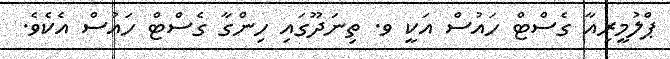
ޕްލުމީރިއާ ގެސްޓް ހައުސް އަކީ ވ. ތިނަދޫގައި ހިންގާ ގެސްޓް ހައުސް އެކެވެ.